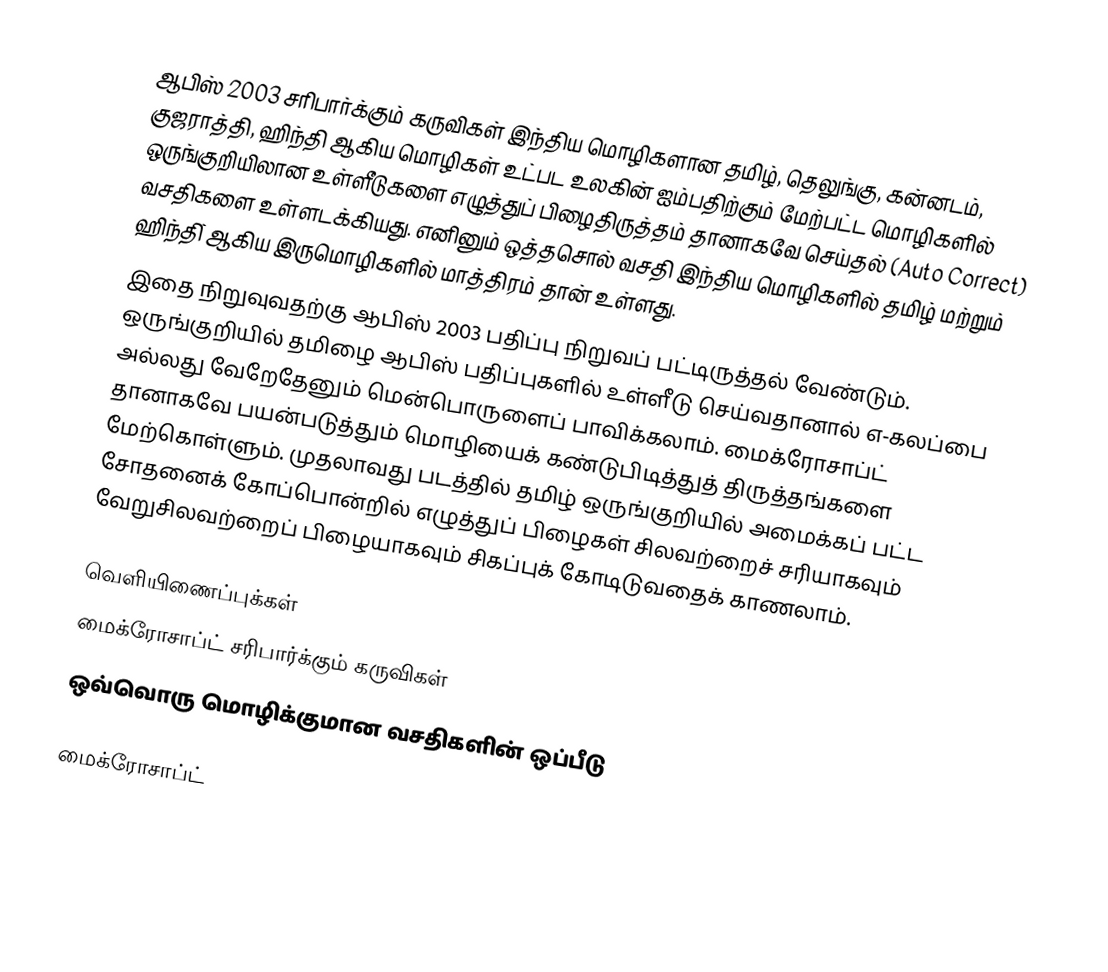
ஆபிஸ் 2003 சரிபார்க்கும் கருவிகள் இந்திய மொழிகளான தமிழ்,  தெலுங்கு, கன்னடம், குஜராத்தி, ஹிந்தி ஆகிய மொழிகள் உட்பட உலகின் ஐம்பதிற்கும் மேற்பட்ட மொழிகளில் ஒருங்குறியிலான உள்ளீடுகளை எழுத்துப் பிழைதிருத்தம் தானாகவே செய்தல் (Auto Correct) வசதிகளை உள்ளடக்கியது. எனினும் ஒத்தசொல் வசதி இந்திய மொழிகளில் தமிழ் மற்றும் ஹிந்தி் ஆகிய இருமொழிகளில் மாத்திரம் தான் உள்ளது.
இதை நிறுவுவதற்கு ஆபிஸ் 2003 பதிப்பு நிறுவப் பட்டிருத்தல் வேண்டும். ஒருங்குறியில் தமிழை ஆபிஸ் பதிப்புகளில் உள்ளீடு செய்வதானால் எ-கலப்பை அல்லது வேறேதேனும் மென்பொருளைப் பாவிக்கலாம். மைக்ரோசாப்ட் தானாகவே பயன்படுத்தும் மொழியைக் கண்டுபிடித்துத் திருத்தங்களை மேற்கொள்ளும். முதலாவது படத்தில் தமிழ் ஒருங்குறியில் அமைக்கப் பட்ட சோதனைக் கோப்பொன்றில் எழுத்துப் பிழைகள் சிலவற்றைச் சரியாகவும் வேறுசிலவற்றைப் பிழையாகவும் சிகப்புக் கோடிடுவதைக் காணலாம்.

வெளியிணைப்புக்கள்
மைக்ரோசாப்ட் சரிபார்க்கும் கருவிகள்
ஒவ்வொரு மொழிக்குமான வசதிகளின் ஒப்பீடு

 மைக்ரோசாப்ட்